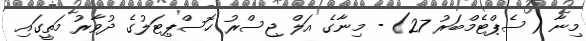
މިނާ (ސެޕްޓެމްބަރު 27) - މިނާގެ އަލް ޖިސްރު ހޮސްޕިޓަލުގެ ދުވާރު މަތީގައި